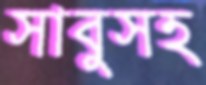
সাবুসহ